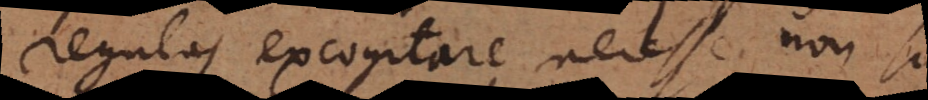
regulas excogitare necesse non sit.